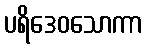
ပရိဒေဝသောကာ